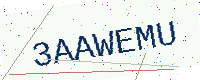
Text: 3AAWEMU